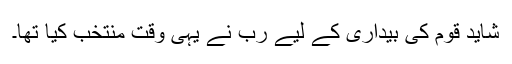
شاید قوم کی بیداری کے لیے رب نے یہی وقت منتخب کیا تھا۔